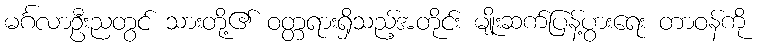
မင်္ဂလာဦးညတွင် သားတို့၏ ဝတ္တရားရှိသည့်အတိုင်း မျိုးဆက်ပြန့်ပွားရေး တာဝန်ကို